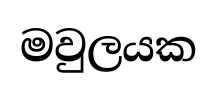
මවුලයක